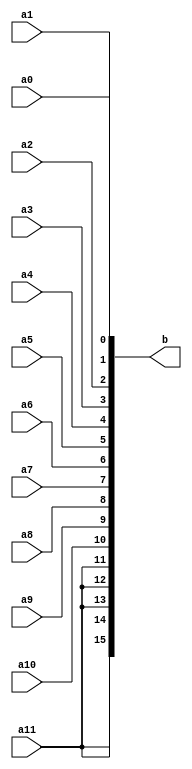
module sign_ext_12_16(a0,a1,a2,a3,a4,a5,a6,a7,a8,a9,a10,a11,b);
input a0,a1,a2,a3,a4,a5,a6,a7,a8,a9,a10,a11;
output reg [15:0]b;
always@(*)
begin
b[0]=a0;
b[1]=a1;
b[2]=a2;
b[3]=a3;
b[4]=a4;
b[5]=a5;
b[6]=a6;
b[7]=a7;
b[8]=a8;
b[9]=a9;
b[10]=a10;
b[11]=a11;
b[12]=a11;
b[13]=a11;
b[14]=a11;
b[15]=a11;
end
endmodule